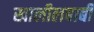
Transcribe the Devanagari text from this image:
खालीलबाबी